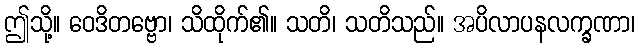
ဤသို့။ ဝေဒိတဗ္ဗော၊ သိထိုက်၏။ သတိ၊ သတိသည်။ အပိလာပနလက္ခဏာ၊